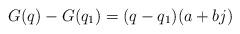
LaTeX: \begin{align*}G(q)-G(q_1)=(q-q_1)(a+bj)\end{align*}